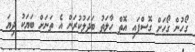
ގޯހުން ގޯހަށް ގޮސްފައި އޮތް ހާލަތު ބަދަލުކުރަން އެ ތަނަށް ބަޔަކު ދިޔަ